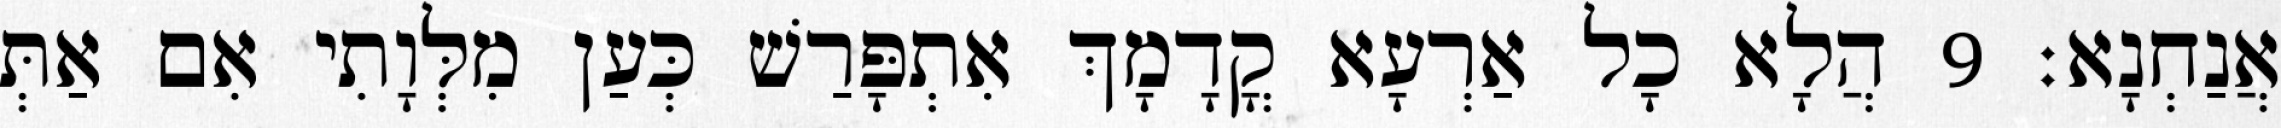
אֲנַחְנָא׃ 9 הֲלָא כָל אַרְעָא קֳדָמָךְ אִתְפָּרַשׁ כְּעַן מִלְּוָתִי אִם אַתְּ